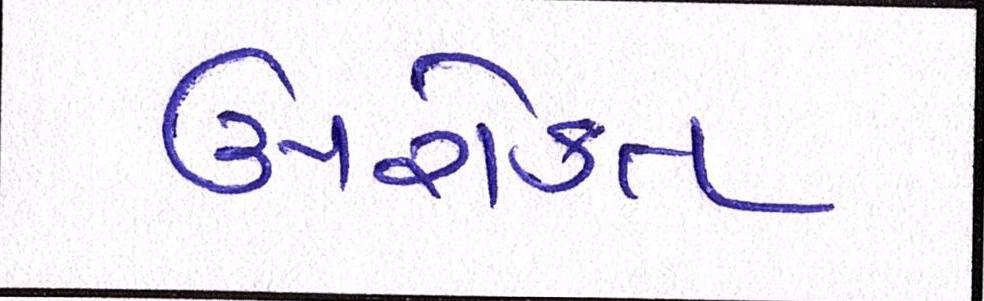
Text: ઉપરકોત